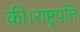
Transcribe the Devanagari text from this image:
की।राष्ट्रपति